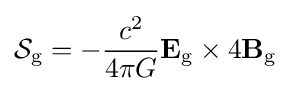
{\mathcal {S}}_{\text{g}}=-{\frac {c^{2}}{4\pi G}}\mathbf {E} _{\text{g}}\times 4\mathbf {B} _{\text{g}}